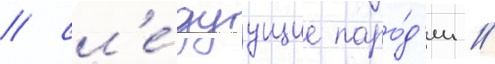
/ сл'е́дуущие паро́д'ии //